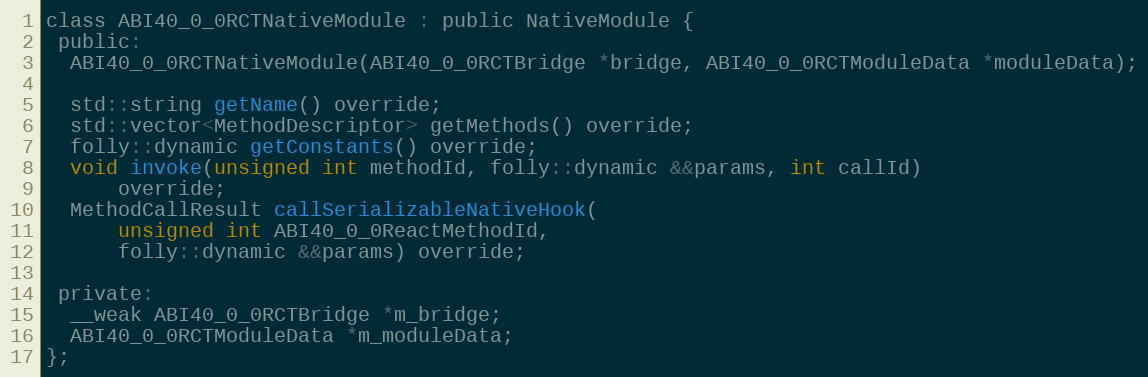
Language: C
class ABI40_0_0RCTNativeModule : public NativeModule {
 public:
  ABI40_0_0RCTNativeModule(ABI40_0_0RCTBridge *bridge, ABI40_0_0RCTModuleData *moduleData);

  std::string getName() override;
  std::vector<MethodDescriptor> getMethods() override;
  folly::dynamic getConstants() override;
  void invoke(unsigned int methodId, folly::dynamic &&params, int callId)
      override;
  MethodCallResult callSerializableNativeHook(
      unsigned int ABI40_0_0ReactMethodId,
      folly::dynamic &&params) override;

 private:
  __weak ABI40_0_0RCTBridge *m_bridge;
  ABI40_0_0RCTModuleData *m_moduleData;
};